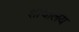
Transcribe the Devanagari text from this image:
शोचालय